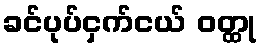
ခင်ပုပ်ငှက်ငယ် ဝတ္ထု